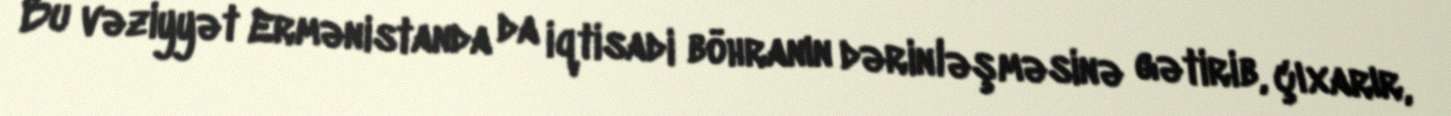
Bu vəziyyət Ermənistanda da iqtisadi böhranın dərinləşməsinə gətirib, çıxarır,